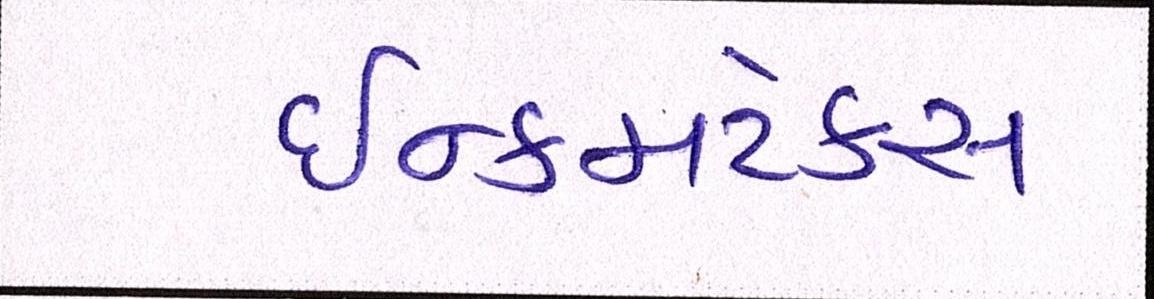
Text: ઈન્કમટેક્સ